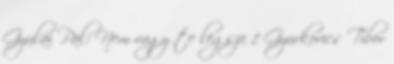
Gyulai Pál: Nem vagy te legsze 1 Gyurkovics Tibor